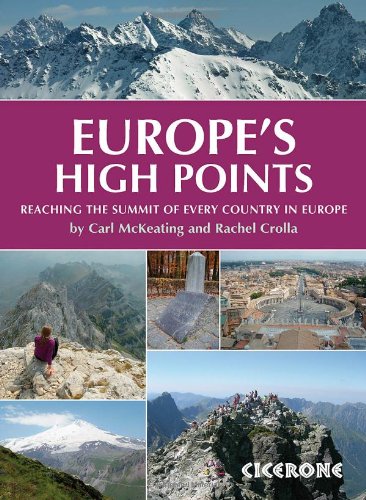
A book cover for Europe's High Points: Getting to the top in 50 countries; Carl McKeating; Sports & Outdoors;